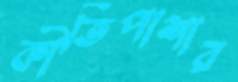
কীর্তিপাশার